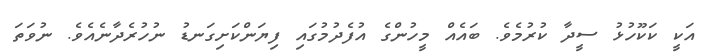
އަކީ ކަކޫހުޅު ސީދާ ކުރުމެވެ. ބައެއް މީހުންގެ އުފެދުމުގައި ފިޔަންކަށިގަނޑު ނުހުރެދާނެއެވެ. ނުވަތަ